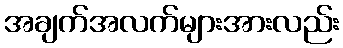
အချက်အလက်များအားလည်း